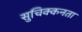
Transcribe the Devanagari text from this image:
सुचिक्कनता